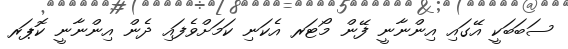
ސަބަބަކީ އޭގައި އިންނާނީ ފޭން މޯޓަރ އެކަނި ކަމަށްވެފައި ދެން އިންނާނީ ކޮޕަރ